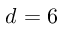
d = 6